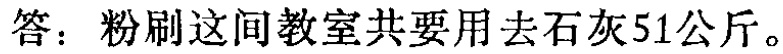
答：粉刷这间教室共要用去石灰51公斤。